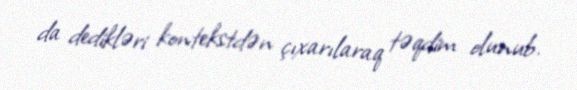
da dedikləri kontekstdən çıxarılaraq təqdim olunub.